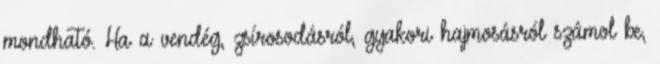
mondható. Ha a vendég, zsírosodásról, gyakori hajmosásról számol be,